Leaving Certificate Examination (including Day School Certificate (Higher) General paper), 1929
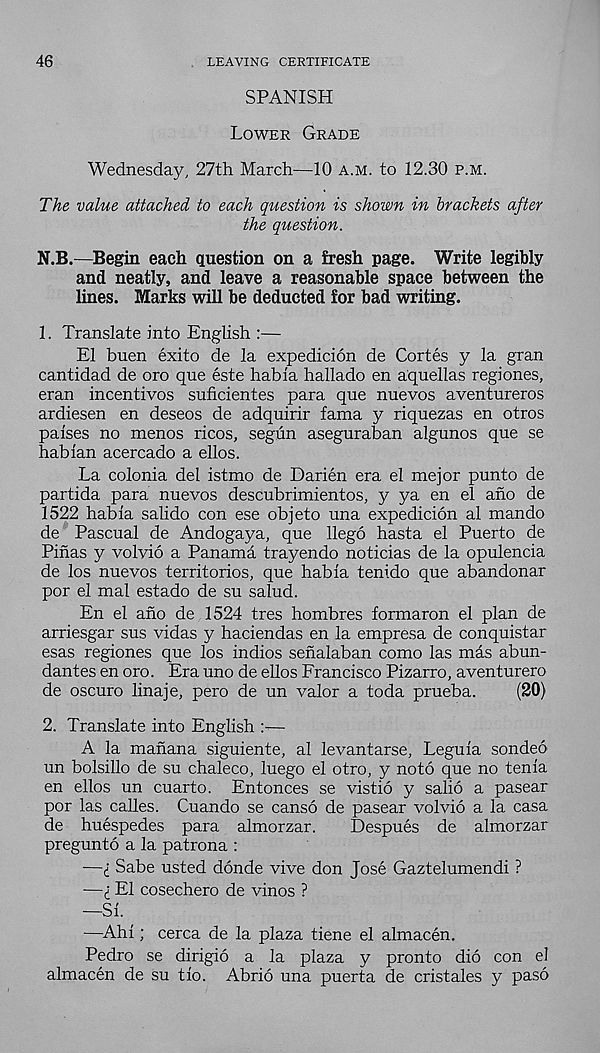
46
LEAVING CERTIFICATE
SPANISH
Lower Grade
Wednesday, 27th March—10 a.m. to 12.30 p.m.
The value attached to each question is shown in brackets after
the question.
N.B.—Begin each question on a fresh page. Write legibly
and neatly, and leave a reasonable space between the
lines. Marks will be deducted for bad writing.
1. Translate into English :—
El buen exito de la expedicion de Cortes y la gran
cantidad de oro que este habla hallado en aquellas regiones,
eran incentives suficientes para que nuevos aventureros
ardiesen en deseos de adquirir fama y riquezas en otros
palses no menos ricos, segun aseguraban algunos que se
hablan acercado a ellos.
La colonia del istmo de Darien era el mejor punto de
partida para nuevos descubrimientos, y ya en el ano de
1522 habla salido con ese objeto una expedicion al mando
de Pascual de Andogaya, que llego hasta el Puerto de
Pinas y volvio a Panama trayendo noticias de la opulencia
de los nuevos territorios, que habla tenido que abandonar
por el mal estado de su salud.
En el ano de 1524 tres hombres formaron el plan de
arriesgar sus vidas y haciendas en la empresa de conquistar
esas regiones que los indios senalaban como las mas abun-
dantes en oro. Era uno de ellos Francisco Pizarro, aventurero
de oscuro linaje, pero de un valor a toda prueba.
(20)
2. Translate into English :—
A la manana siguiente, al levantarse, Leguia sondeo
un bolsillo de su chaleco, luego el otro, y noto que no tenia
en ellos un cuarto. Entonces se vistio y salio a pasear
por las calles. Cuando se canso de pasear volvio a la casa
de huespedes para almorzar.
Despues de almorzar
pregunto a la patrona :
—I Sabe usted donde vive don Jose Gaztelumendi ?
—I El cosechero de vinos ?
—Si.
—Ahi; cerca de la plaza tiene el almacen.
Pedro se dirigio a la plaza y pronto did con el
almacen de su tio. Abrio una puerta de cristales y paso